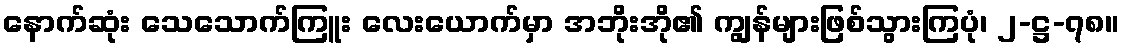
နောက်ဆုံး သေသောက်ကြူး လေးယောက်မှာ အဘိုးအို၏ ကျွန်များဖြစ်သွားကြပုံ၊ ၂-ဋ္ဌ-၇၈။